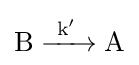
{\ce {B ->[{k'}] A}}